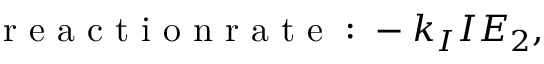
\mathrm { ~ r ~ e ~ a ~ c ~ t ~ i ~ o ~ n ~ r ~ a ~ t ~ e ~ : ~ } - k _ { I } I E _ { 2 } ,